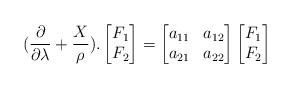
LaTeX: \begin{align*}(\frac{\partial}{\partial \lambda}+\frac{X}{\rho}).\begin{bmatrix}F_1 \\ F_2\end{bmatrix}= \begin{bmatrix}a_{11} & a_{12} \\a_{21} & a_{22}\end{bmatrix}\begin{bmatrix}F_1 \\ F_2\end{bmatrix}\end{align*}